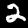
Label: 2